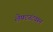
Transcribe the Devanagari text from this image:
लेफ्टनंटवरून